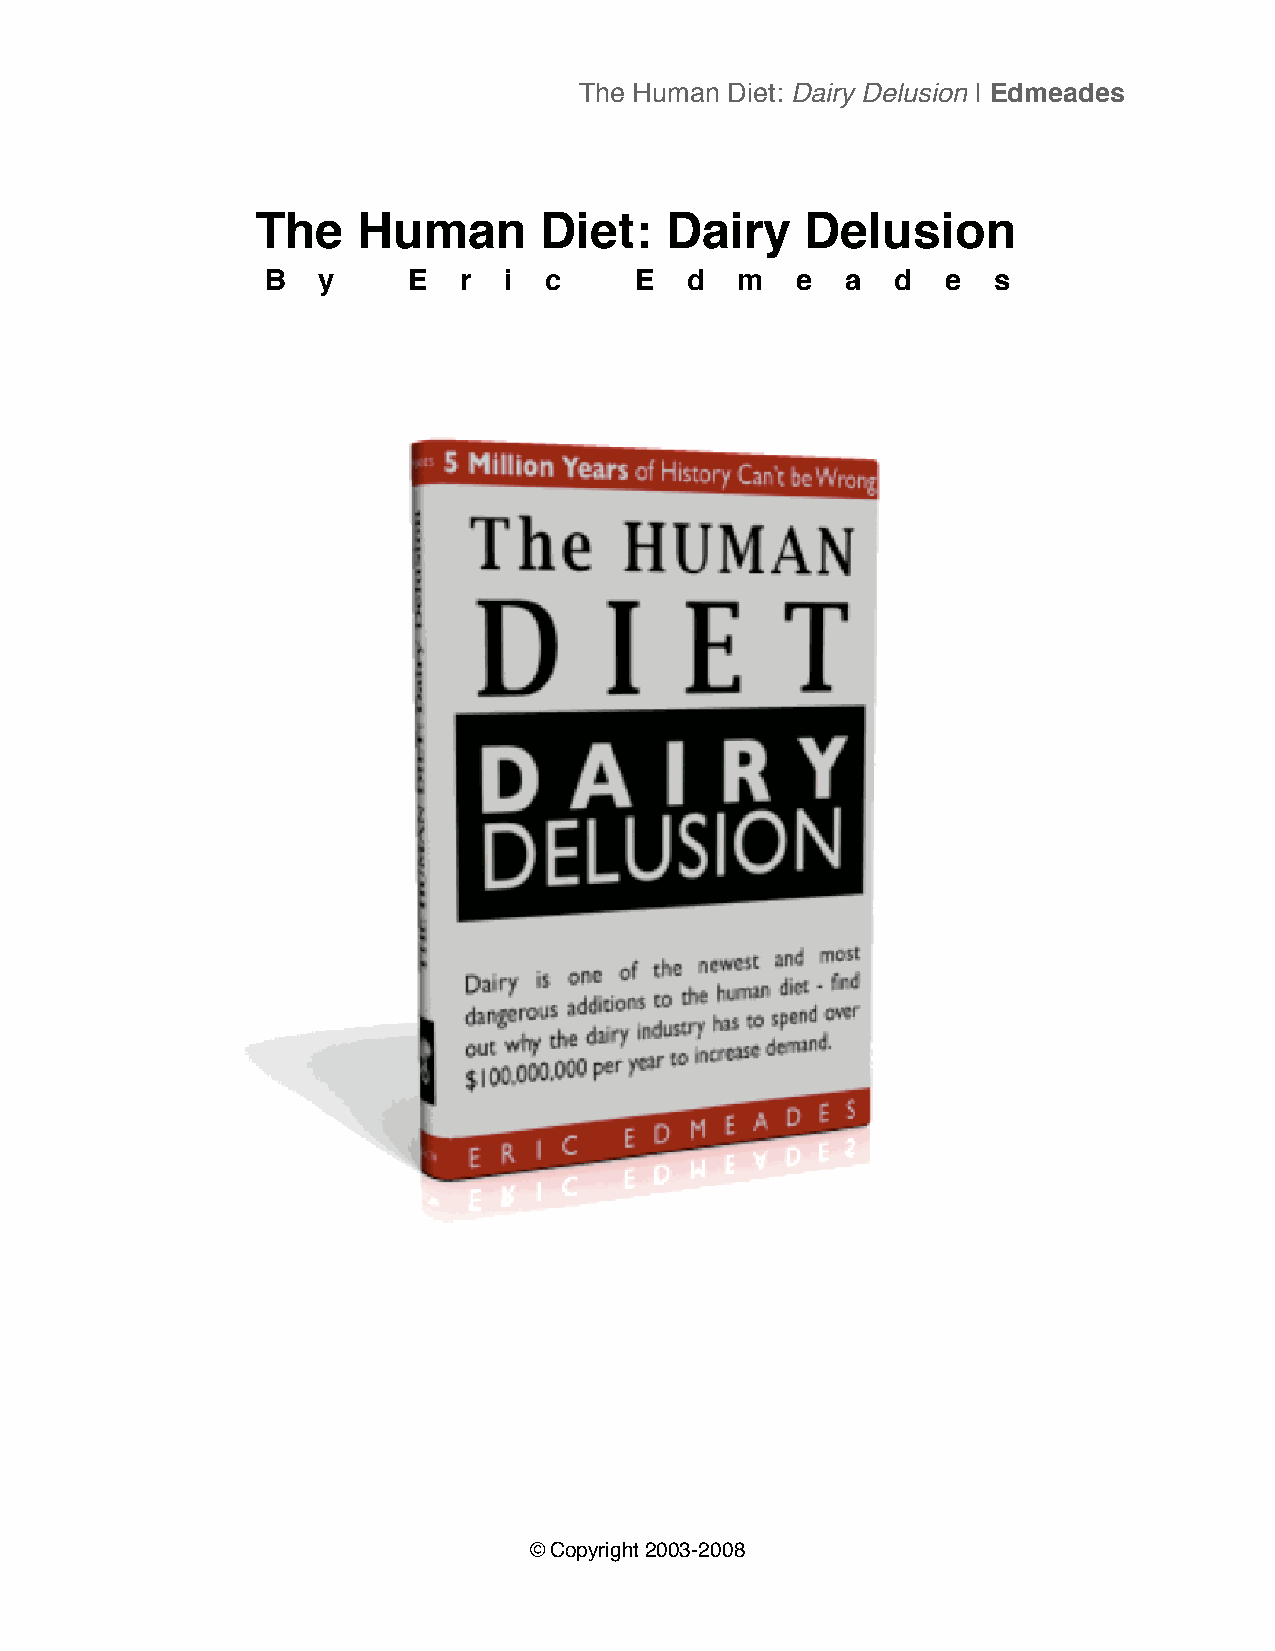
The Human Diet: Dairy Delusion | Edmeades
 The    Human       Diet:   Dairy    Delusion
 B  y     E   r i  c     E   d  m   e  a  d   e  s
 © Copyright 2003-2008